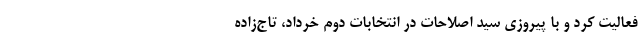
فعالیت کرد و با پیروزی سید اصلاحات در انتخابات دوم خرداد، تاج‌زاده